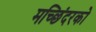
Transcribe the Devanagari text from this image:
मच्छिंदरको